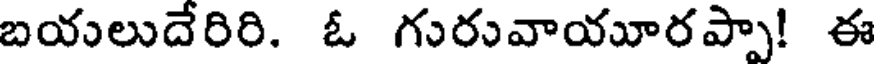
బయలుదేరిరి. ఓ గురువాయూరప్పా! ఈ